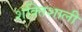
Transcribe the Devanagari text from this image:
शक्‍ितशाली